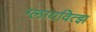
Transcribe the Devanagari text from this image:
ग्लायवित्झ